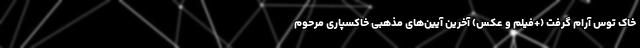
خاک توس آرام گرفت (+فیلم و عکس) آخرین آیین‌های مذهبی خاکسپاری مرحوم